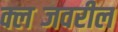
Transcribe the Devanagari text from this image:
क्लब्जवरील